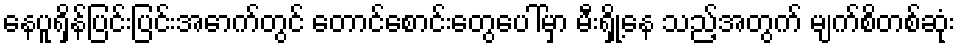
နေပူရှိန်ပြင်းပြင်းအောက်တွင် တောင်စောင်းတွေပေါ်မှာ မီးရှို့နေ သည့်အတွက် မျက်စိတစ်ဆုံး